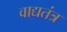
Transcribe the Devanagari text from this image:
वाद्यतंत्र